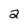
Character: 2